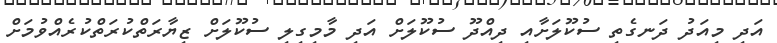
އަދި މިއަދު ދަނގެތި ސުކޫލަށާއި ދިއްދޫ ސުކޫލަށް އަދި މާމިގިލި ސުކޫލަށް ޒިޔާރަތްކުރަތްކުރެއްވުމަށް